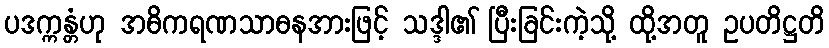
ပဒက္ကန္တံဟု အဓိကရဏသာဓနအားဖြင့် သဒ္ဒါ၏ ပြီးခြင်းကဲ့သို့ ထို့အတူ ဥပတိဋ္ဌတိ